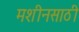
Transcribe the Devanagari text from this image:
मशीनसाठी